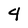
Character: 4